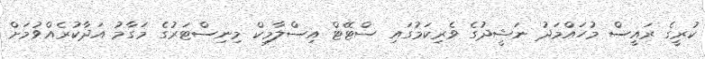
ކުރީގެ ރައީސް މުހައްމަދު ނަޝީދުގެ ވެރިކަމުގައި ސްޓޭޓް އިސްލާމިކް މިނިސްޓަރުގެ މަގާމު އަދާކުރެއްވުމަށް